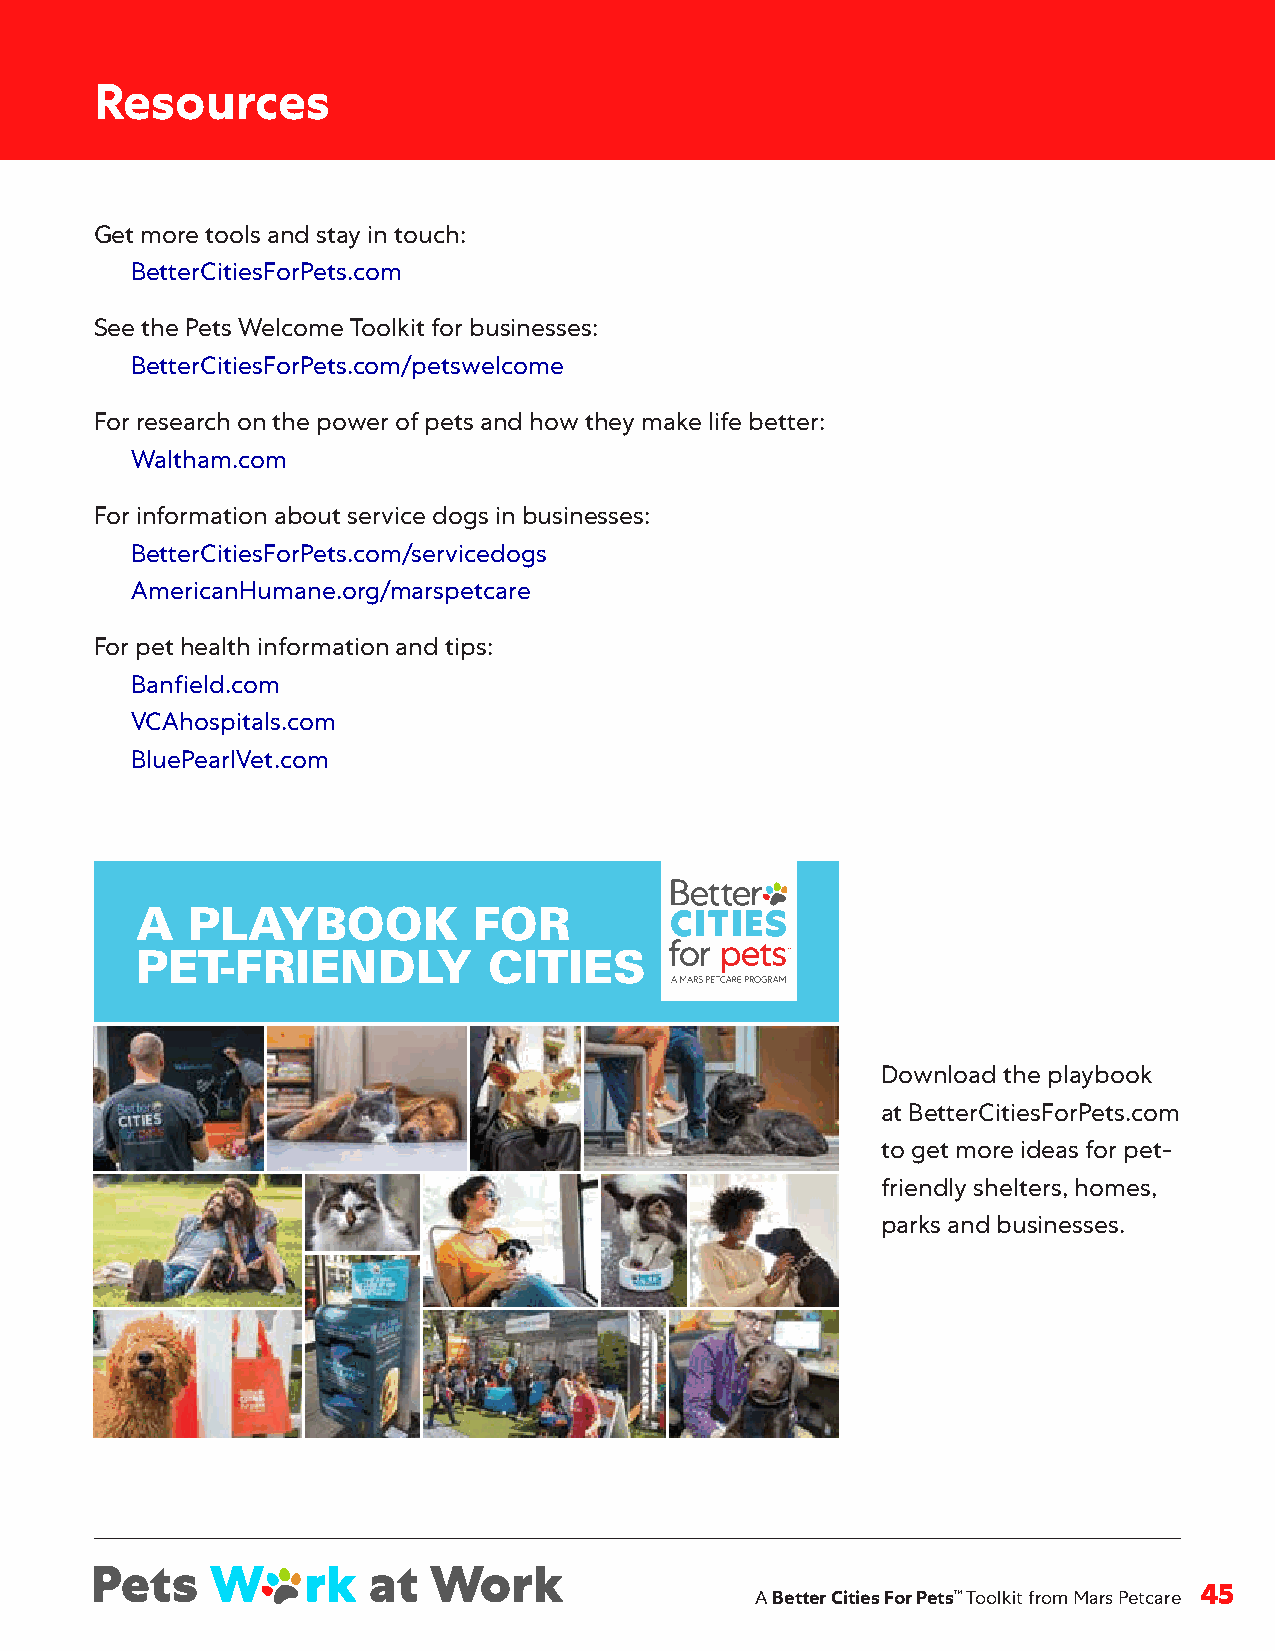
Resources
 Get more tools and stay in touch:
 BetterCitiesForPets .com
 See the Pets Welcome Toolkit for businesses:
 BetterCitiesForPets .com/petswelcome
 For research on the power of pets and how they make life better:
 Waltham .com
 For information about service dogs in businesses:
 BetterCitiesForPets .com/servicedogs
 AmericanHumane .org/marspetcare
 For pet health information and tips:
 Banfield .com
 VCAhospitals .com
 BluePearlVet .com
 A  PLAYBOOK           FOR
 PET-FRIENDLY           CITIES
 Download the playbook
 at BetterCitiesForPets .com
 to get more ideas for pet-
 friendly shelters, homes,
 parks and businesses .
 A Better Cities For Pets™ Toolkit from Mars Petcare 45